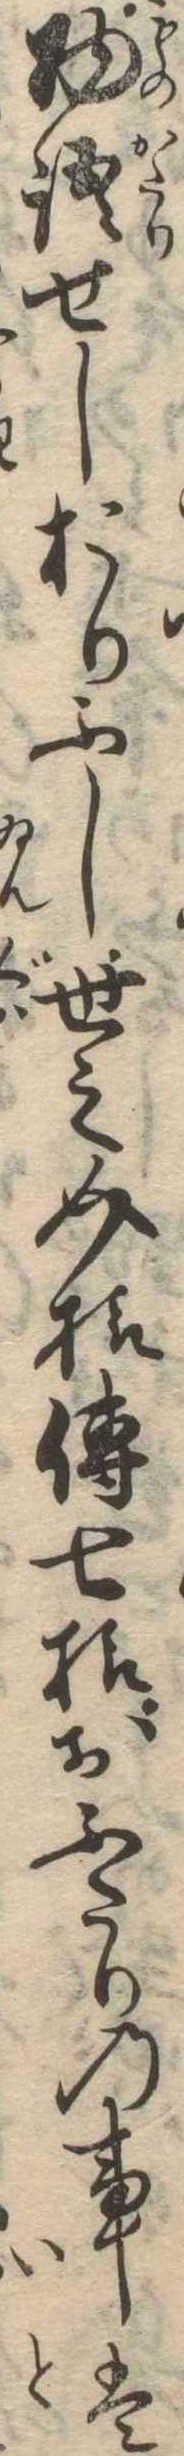
物語せしおりふし世之介様伝七様おふたりの事は